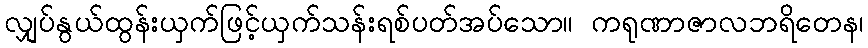
လျှပ်နွယ်ထွန်းယှက်ဖြင့်ယှက်သန်းရစ်ပတ်အပ်သော။ ကရုဏာဇာလဘရိတေန၊